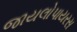
જાયલોપાયરસ